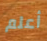
أعلم